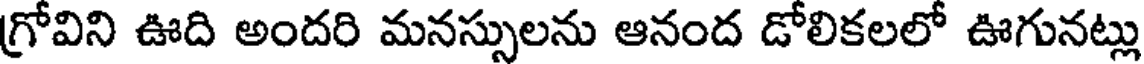
గ్రోవిని ఊది అందరి మనస్సులను ఆనంద డోలికలలో ఊగునట్లు